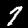
Digit: 7